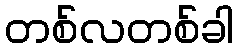
တစ်လတစ်ခါ